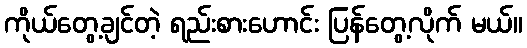
ကိုယ်တွေ့ချင်တဲ့ ရည်းစားဟောင်း ပြန်တွေ့လိုက် မယ်။